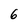
Character: 6